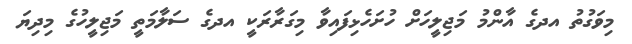
މިވަގުތު އދގެ އާންމު މަޖިލީހަށް ހުށަހެޅިފައިވާ މިގަރާރަކީ އދގެ ސަލާމަތީ މަޖިލީހުގެ މިދިޔަ